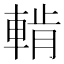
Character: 𨌳